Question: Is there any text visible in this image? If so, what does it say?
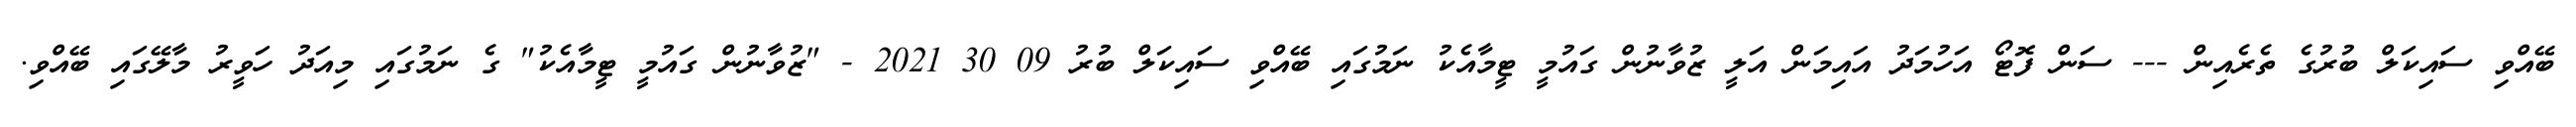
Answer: ބޭއްވި ސައިކަލް ބުރުގެ ތެރެއިން --- ސަން ފޮޓޯ އަހުމަދު އައިމަން އަލީ ޒުވާނުން ގައުމީ ޓީމާއެކު ނަމުގައި ބޭއްވި ސައިކަލް ބުރު 09 30 2021 - "ޒުވާނުން ގައުމީ ޓީމާއެކު" ގެ ނަމުގައި މިއަދު ހަވީރު މާލޭގައި ބޭއްވި.